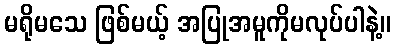
မရိုမသေ ဖြစ်မယ့် အပြုအမူကိုမလုပ်ပါနဲ့။